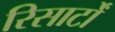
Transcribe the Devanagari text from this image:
रिसार्टों